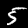
Label: 5